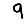
Digit: 9